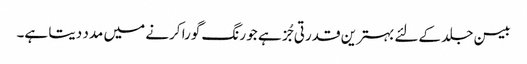
بیسن جلد کےلئے بہترین قدرتی جُز ہے جو رنگ گورا کرنے میں مدد دیتا ہے۔